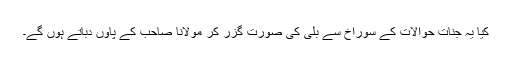
کیا یہ جنات حوالات کے سوراخ سے بلی کی صورت گزر کر مولانا صاحب کے پاوں دباتے ہوں گے۔